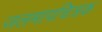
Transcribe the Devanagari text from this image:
जलमापचित्रक